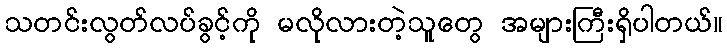
သတင်းလွတ်လပ်ခွင့်ကို မလိုလားတဲ့သူတွေ အများကြီးရှိပါတယ်။